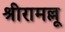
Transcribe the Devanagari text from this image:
श्रीरामल्लू